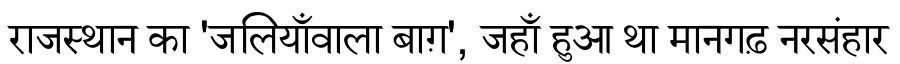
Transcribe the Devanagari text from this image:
राजस्थान का 'जलियाँवाला बाग़', जहाँ हुआ था मानगढ़ नरसंहार